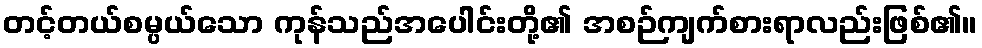
တင့်တယ်စမ္ပယ်သော ကုန်သည်အပေါင်းတို့၏ အစဉ်ကျက်စားရာလည်းဖြစ်၏။